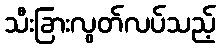
သီးခြားလွတ်လပ်သည့်